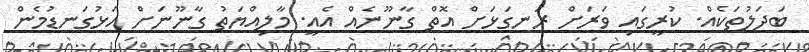
ބަދަލުތަކެއް. ކުރީގައި ވަރަށް ރަނގަޅަށް އޮތް ގާނޫނެއް އެއީ. މާލިއްޔަތު ގާނޫނަށް އަޅުގަނޑުމެން